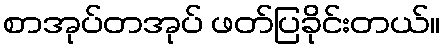
စာအုပ်တအုပ် ဖတ်ပြခိုင်းတယ်။